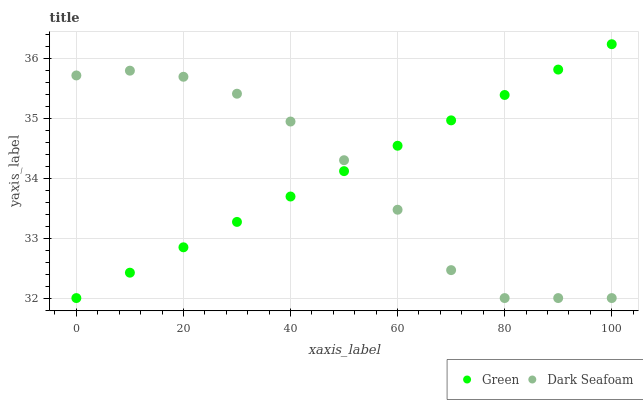
| xaxis_label | Green | Dark Seafoam |
 | --- | --- | --- |
 | 0 | 32 | 35.7 |
 | 10 | 32.4 | 35.8 |
 | 20 | 32.8 | 35.7 |
 | 30 | 33.3 | 35.4 |
 | 40 | 33.7 | 34.9 |
 | 50 | 34.1 | 34.3 |
 | 60 | 34.5 | 33.5 |
 | 70 | 35 | 32.5 |
 | 80 | 35.4 | 32 |
 | 90 | 35.8 | 32 |
 | 100 | 36.2 | 32 |